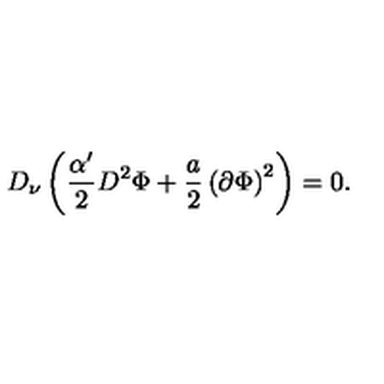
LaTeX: D _ { \nu } \left( \frac { \alpha ^ { \prime } } { 2 } D ^ { 2 } \Phi + \frac { a } { 2 } \left( \partial \Phi \right) ^ { 2 } \right) = 0 .